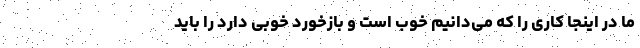
ما در اینجا کاری را که می‌دانیم خوب است و بازخورد خوبی دارد را باید